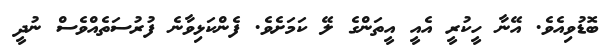
ބޮޑުވިއެވެ. އޭނާ ހީކުރީ އެއީ އީތަންގެ ލޭ ކަމަށެވެ. ފެންކަޅިވާނެ ފުރުސަތެއްވެސް ނުދީ